Indian journal of veterinary science and animal husbandry - Volume 11,
Year: 1941
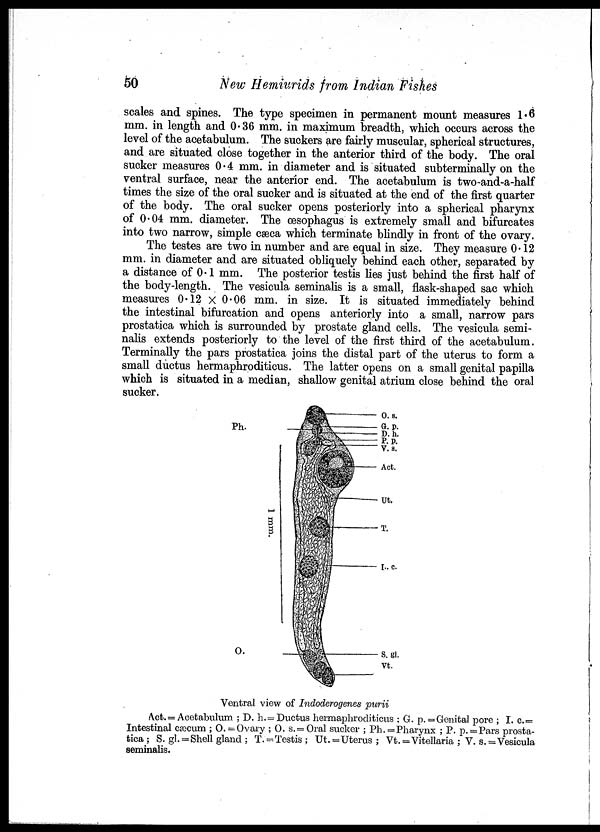
50
New Hemiurids from Indian Fishes
scales and spines. The type specimen in permanent mount measures 1.6
mm. in length and 0.36 mm. in maximum breadth, which occurs across the
level of the acetabulum. The suckers are fairly muscular, spherical structures,
and are situated close together in the anterior third of the body. The oral
sucker measures 0.4 mm. in diameter and is situated subterminally on the
ventral surface, near the anterior end. The acetabulum is two-and-a-half
times the size of the oral sucker and is situated at the end of the first quarter
of the body. The oral sucker opens posteriorly into a spherical pharynx
of 0.04 mm. diameter. The œsophagus is extremely small and bifurcates
into two narrow, simple cæca which terminate blindly in front of the ovary.
The testes are two in number and are equal in size. They measure 0.12
mm. in diameter and are situated obliquely behind each other, separated by
a distance of 0.1 mm. The posterior testis lies just behind the first half of
the body-length. The vesicula seminalis is a small, flask-shaped sac which
measures 0.12 × 0.06 mm. in size. It is situated immediately behind
the intestinal bifurcation and opens anteriorly into a small, narrow pars
prostatica which is surrounded by prostate gland cells. The vesicula semi-
nalis extends posteriorly to the level of the first third of the acetabulum.
Terminally the pars prostatica joins the distal part of the uterus to form a
small ductus hermaphroditicus. The latter opens on a small genital papilla
which is situated in a median, shallow genital atrium close behind the oral
sucker.
Ventral view of Indoderogenes purii
Act. = Acetabulum ; D. h. = Ductus hermaphroditicus ; G. p. = Genital pore ; I. c. =
Intestinal cæcum ; O. = Ovary ; O. s. = Oral sucker ; Ph. = Pharynx ; P. p. =Pars prosta-
tica ; S. gl. = Shell gland ; T. =Testis ; Ut. =Uterus ; Vt. =Vitellaria ; V. s. = Vesicula
seminalis.